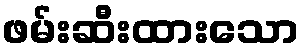
ဖမ်းဆီးထားသော